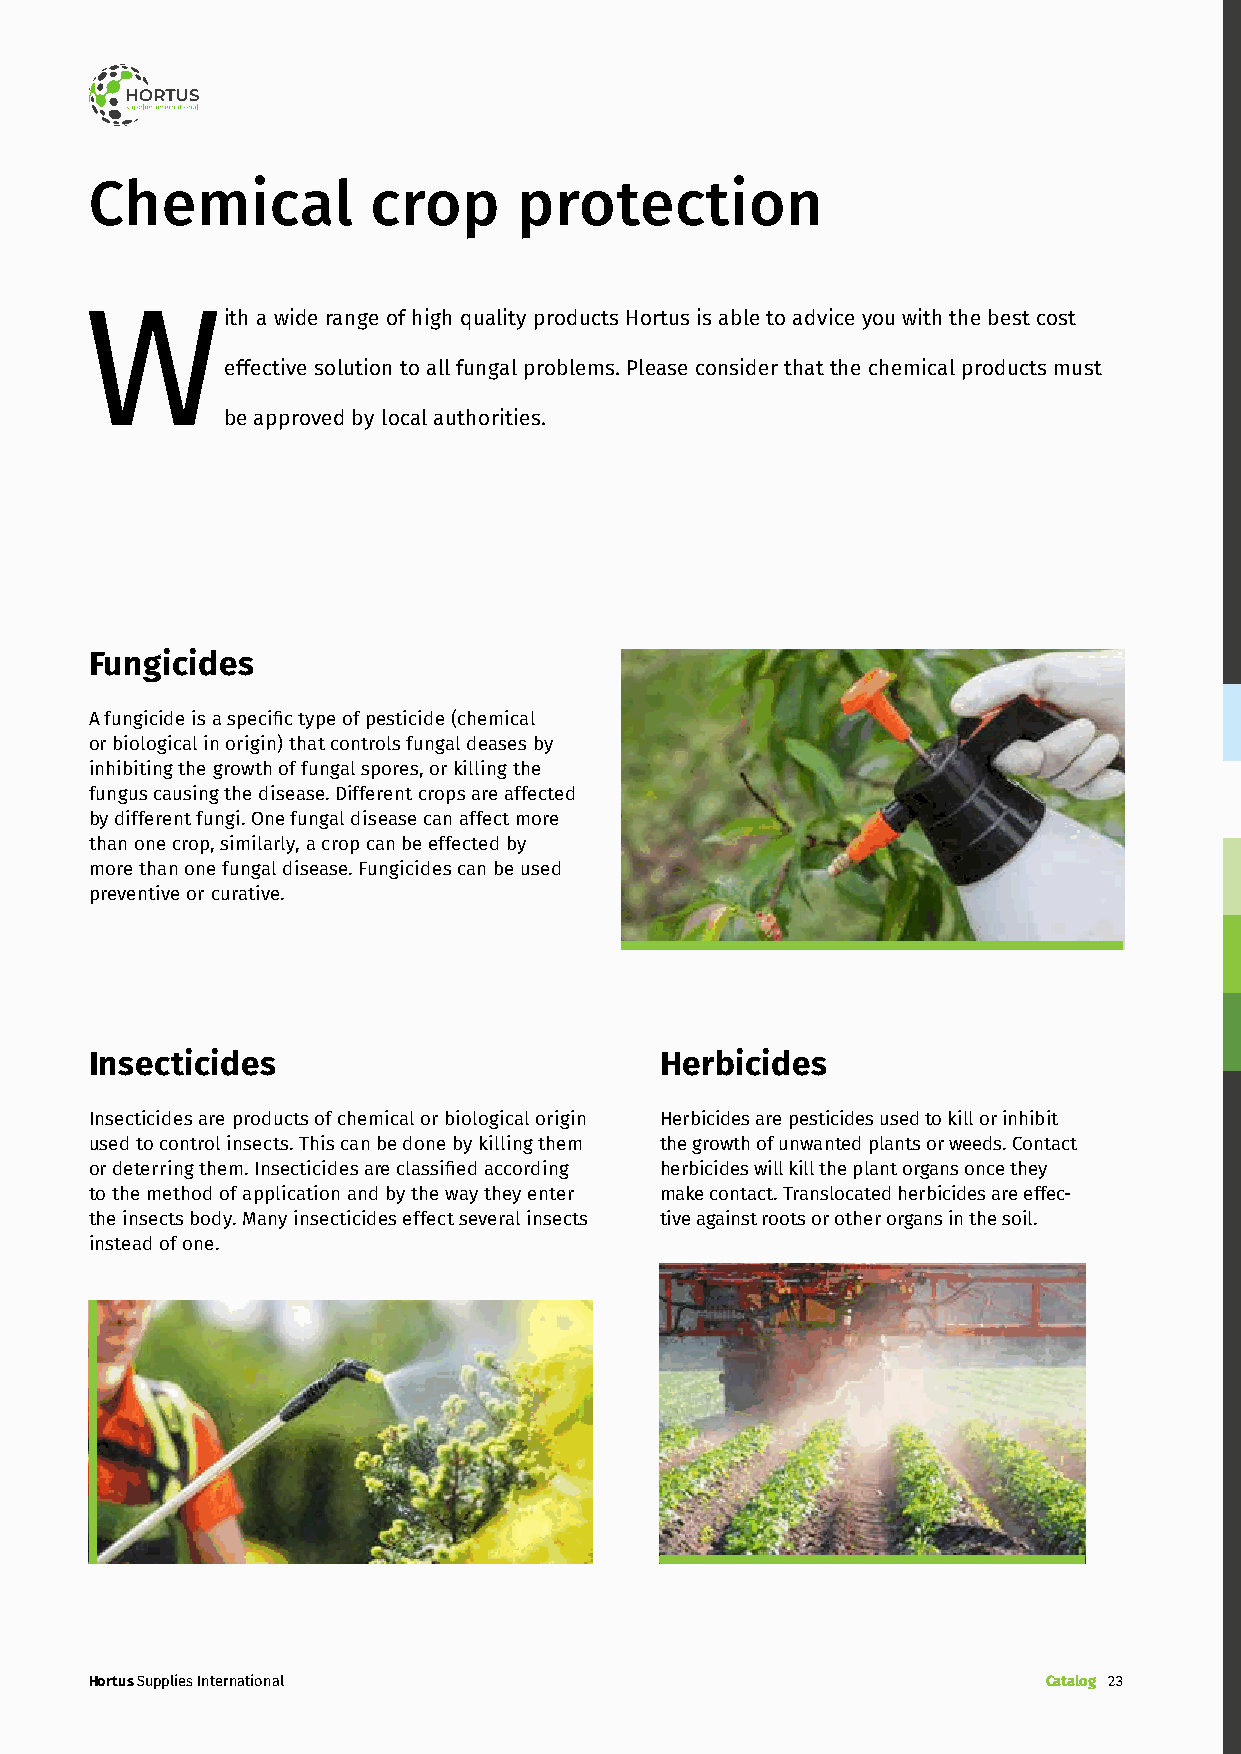
Chemical           crop     protection
 With       a wide range of high quality products Hortus is able to advice you with the best cost
 effective solution to all fungal problems. Please consider that the chemical products must
 be approved by local authorities.
 Fungicides
 A fungicide is a specific type of pesticide (chemical
 or biological in origin) that controls fungal deases by
 inhibiting the growth of fungal spores, or killing the
 fungus causing the disease. Different crops are affected
 by different fungi. One fungal disease can affect more
 than one crop, similarly, a crop can be effected by
 more than one fungal disease. Fungicides can be used
 preventive or curative.
 Insecticides                          Herbicides
 Insecticides are products of chemical or biological origin Herbicides are pesticides used to kill or inhibit
 used to control insects. This can be done by killing them the growth of unwanted plants or weeds. Contact
 or deterring them. Insecticides are classified according herbicides will kill the plant organs once they
 to the method of application and by the way they enter make contact. Translocated herbicides are effec-
 the insects body. Many insecticides effect several insects tive against roots or other organs in the soil.
 instead of one.
 Hortus Supplies International                                  Catalog 23